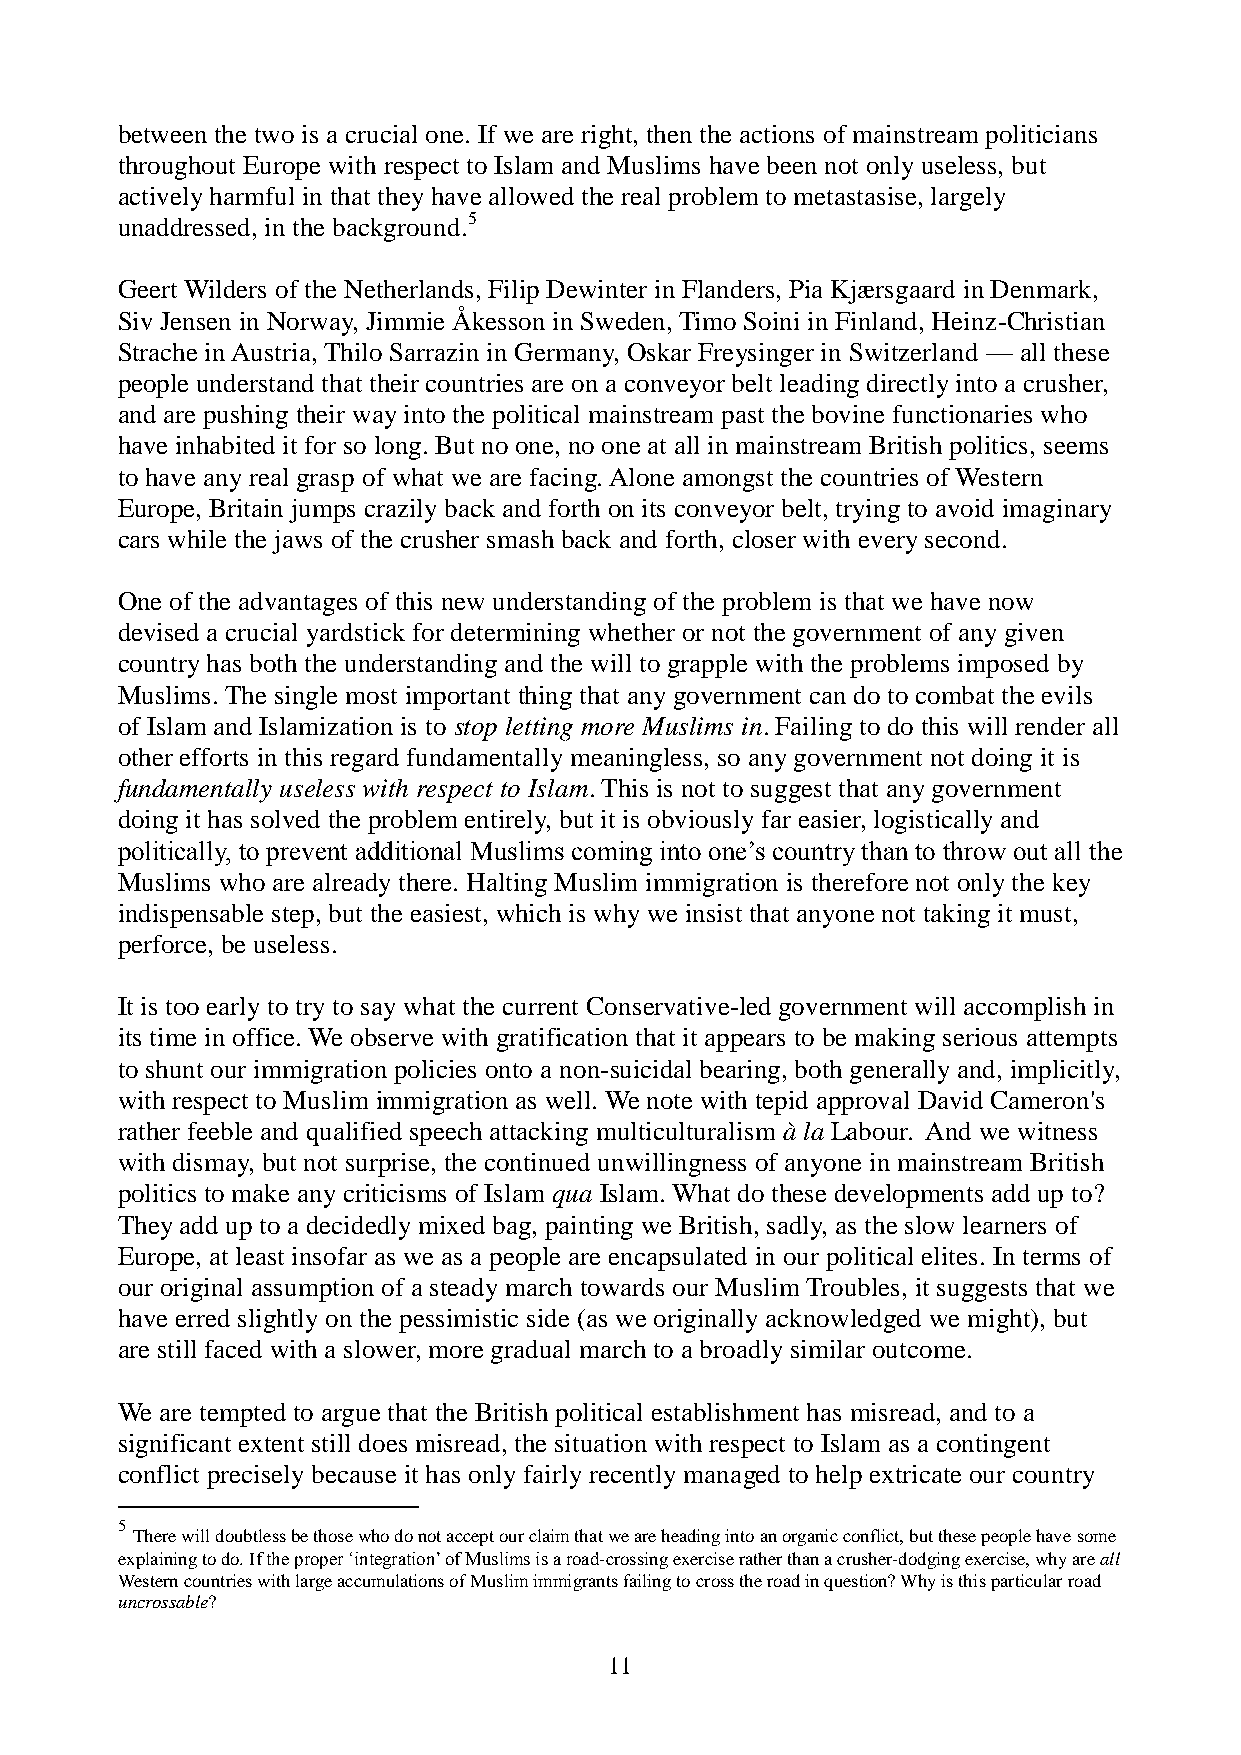
between the two is a crucial one. If we are right, then the actions of mainstream politicians
 throughout Europe with respect to Islam and Muslims have been not only useless, but
 actively harmful in that they have allowed the real problem to metastasise, largely
 unaddressed, in the background.5
 Geert Wilders of the Netherlands, Filip Dewinter in Flanders, Pia Kjærsgaard in Denmark,
 Siv Jensen in Norway, Jimmie Åkesson in Sweden, Timo Soini in Finland, Heinz-Christian
 Strache in Austria, Thilo Sarrazin in Germany, Oskar Freysinger in Switzerland — all these
 people understand that their countries are on a conveyor belt leading directly into a crusher,
 and are pushing their way into the political mainstream past the bovine functionaries who
 have inhabited it for so long. But no one, no one at all in mainstream British politics, seems
 to have any real grasp of what we are facing. Alone amongst the countries of Western
 Europe, Britain jumps crazily back and forth on its conveyor belt, trying to avoid imaginary
 cars while the jaws of the crusher smash back and forth, closer with every second.
 One of the advantages of this new understanding of the problem is that we have now
 devised a crucial yardstick for determining whether or not the government of any given
 country has both the understanding and the will to grapple with the problems imposed by
 Muslims. The single most important thing that any government can do to combat the evils
 of Islam and Islamization is to stop letting more Muslims in. Failing to do this will render all
 other efforts in this regard fundamentally meaningless, so any government not doing it is
 fundamentally useless with respect to Islam. This is not to suggest that any government
 doing it has solved the problem entirely, but it is obviously far easier, logistically and
 politically, to prevent additional Muslims coming into one’s country than to throw out all the
 Muslims who are already there. Halting Muslim immigration is therefore not only the key
 indispensable step, but the easiest, which is why we insist that anyone not taking it must,
 perforce, be useless.
 It is too early to try to say what the current Conservative-led government will accomplish in
 its time in office. We observe with gratification that it appears to be making serious attempts
 to shunt our immigration policies onto a non-suicidal bearing, both generally and, implicitly,
 with respect to Muslim immigration as well. We note with tepid approval David Cameron's
 rather feeble and qualified speech attacking multiculturalism à la Labour. And we witness
 with dismay, but not surprise, the continued unwillingness of anyone in mainstream British
 politics to make any criticisms of Islam qua Islam. What do these developments add up to?
 They add up to a decidedly mixed bag, painting we British, sadly, as the slow learners of
 Europe, at least insofar as we as a people are encapsulated in our political elites. In terms of
 our original assumption of a steady march towards our Muslim Troubles, it suggests that we
 have erred slightly on the pessimistic side (as we originally acknowledged we might), but
 are still faced with a slower, more gradual march to a broadly similar outcome.
 We are tempted to argue that the British political establishment has misread, and to a
 significant extent still does misread, the situation with respect to Islam as a contingent
 conflict precisely because it has only fairly recently managed to help extricate our country
 5
 There will doubtless be those who do not accept our claim that we are heading into an organic conflict, but these people have some
 explaining to do. If the proper ‘integration’ of Muslims is a road-crossing exercise rather than a crusher-dodging exercise, why are all
 Western countries with large accumulations of Muslim immigrants failing to cross the road in question? Why is this particular road
 uncrossable?
 11